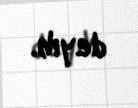
deyib.